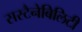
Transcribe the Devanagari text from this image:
सस्टैनेबिलिटी